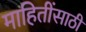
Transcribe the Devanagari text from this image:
माहितींसाठी